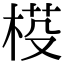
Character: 𣓒